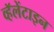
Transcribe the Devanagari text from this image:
व्हॅलेंटाइन